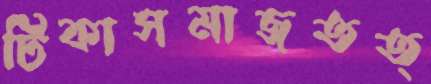
টিকাসমাজতত্